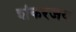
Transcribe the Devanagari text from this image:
शंकरजय